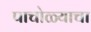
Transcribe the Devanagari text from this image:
पाचोळ्याचा